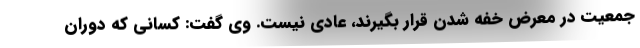
جمعیت در معرض خفه شدن قرار بگیرند، عادی نیست. وی گفت: کسانی که دوران